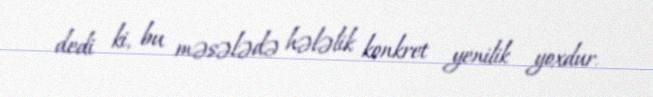
dedi ki, bu məsələdə hələlik konkret yenilik yoxdur.